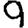
Digit: 9